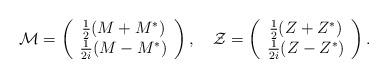
LaTeX: \begin{align*}{\mathcal M} = \left( \begin{array}{c} \frac 12 (M+M^{*}) \\ \frac 1{2i}(M-M^{*})\end{array} \right) , \quad {\mathcal Z} = \left( \begin{array}{c} \frac 12 (Z+Z^{*}) \\ \frac 1{2i}(Z-Z^{*}) \end{array} \right).\end{align*}